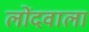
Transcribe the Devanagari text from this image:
लोंदवाला